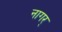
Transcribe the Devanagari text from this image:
नागर्